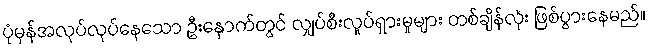
ပုံမှန်အလုပ်လုပ်နေသော ဦးနှောက်တွင် လျှပ်စီးလှုပ်ရှားမှုများ တစ်ချိန်လုံး ဖြစ်ပွားနေမည်။